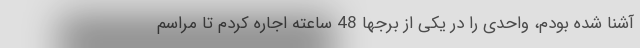
آشنا شده بودم، واحدی را در یکی از برجها 48 ساعته اجاره کردم تا مراسم